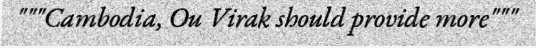
"""Cambodia, Ou Virak should provide more"""